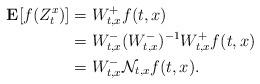
LaTeX: \begin{align*}\mathbf{E} [ f(Z^x_t) ]&=W^{+}_{t,x} f (t,x)\\& = W^{-}_{t,x}(W^{-}_{t,x})^{-1}W^{+}_{t,x} f (t,x) \\& = W^{-}_{t,x}\mathcal{N}_{t,x} f (t,x). \end{align*}